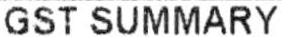
GST SUMMARY